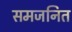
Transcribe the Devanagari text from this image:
समजनित